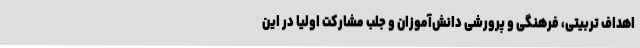
اهداف تربیتی، فرهنگی و پرورشی دانش‌آموزان و جلب مشارکت اولیا در این